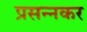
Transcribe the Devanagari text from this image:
प्रसन्नकर